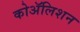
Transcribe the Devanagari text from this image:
कोॲलिशन